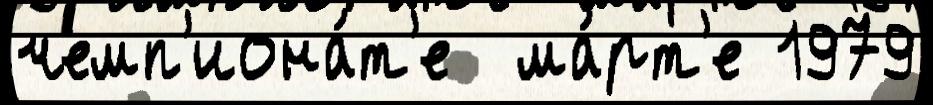
чемп'иона́т'е  ма́рт'е 1979